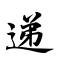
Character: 递